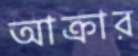
আক্রার